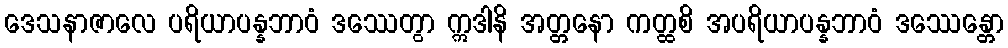
ဒေသနာဇာလေ ပရိယာပန္နဘာဝံ ဒဿေတွာ ဣဒါနိ အတ္တနော ကတ္ထစိ အပရိယာပန္နဘာဝံ ဒဿေန္တော